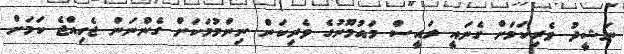
ނަޝީދު ވެރިކަމަށް ގެނައީ ރައީސް މައުމޫނުގެ ވެރިކަން ނިންމުމަކަށް ގެންނަން ޖެހިއްޖެ ކަމަށް